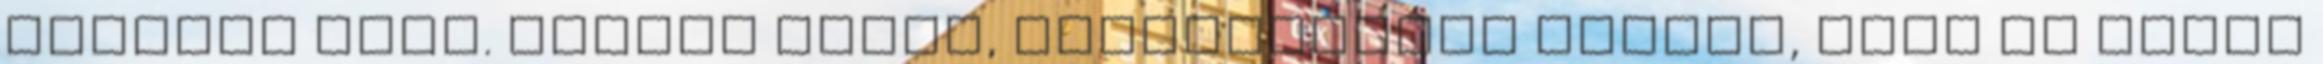
mentünk érte. Láttam rajta, vérlázítónak tartja, hogy az ember